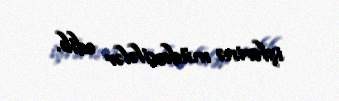
işlərinə müdaxilələr edib.